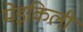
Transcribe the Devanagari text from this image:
मेइकिली